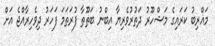
މަޣްރިބު ކަރައިގެ މަޝްހޫރު ދަތުރުވެރިޔާ އިބްނު ބަޠޫޠާ ފުރަތަމަ ފަހަރު ދިވެހިރާއްޖެ އަށް